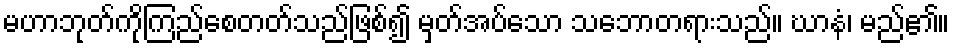
မဟာဘုတ်ကိုကြည်စေတတ်သည်ဖြစ်၍ မှတ်အပ်သော သဘောတရားသည်။ ဃာနံ၊ မည်၏။